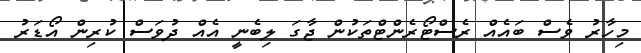
މިހާރު ވެސް ބައެއް ރެސްޓޯރެންޓްތަކުން ޖާގަ ލިބެނީ އެއް ދުވަސް ކުރިން އޯޑަރު